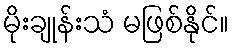
မိုးချုန်းသံ မဖြစ်နိုင်။